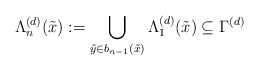
\begin{align*}\Lambda_n^{(d)}(\tilde{x}) : = \bigcup_{\tilde{y}\in b_{n-1}(\tilde{x})} \Lambda_{1}^{(d)}(\tilde{x})\subseteq \Gamma^{(d)}\end{align*}